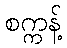
စက္ကန့်